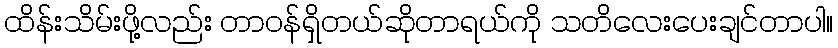
ထိန်းသိမ်းဖို့လည်း တာဝန်ရှိတယ်ဆိုတာရယ်ကို သတိလေးပေးချင်တာပါ။